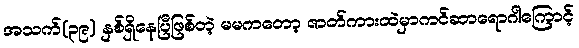
အသက်(၃၉) နှစ်ရှိနေပြီဖြစ်တဲ့ မမကတော့ ဇာတ်ကားထဲမှာကင်ဆာရောဂါကြောင့်